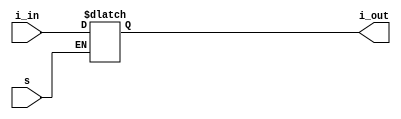
// From the book: "But How Do It Know?" pg. 112
// Written by: J. Clark Scott
//
// Verilog HDL implementation of the computer described in the book.
//
// Instruction Register (IR)
//
// * No changes required for CPU_B
// **************************************************************************************

`timescale 1ns / 1ps
module ir(
	input s,							// set
	input [7:0] i_in,					// instruction in
	output reg [7:0] i_out = 8'h00		// instruction out
	);
	
	always @(*)
		if(s == 1'b1)
			i_out <= i_in;
	
endmodule